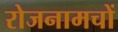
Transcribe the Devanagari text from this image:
रोजनामचों